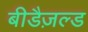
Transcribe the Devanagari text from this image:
बीडैज़ल्ड